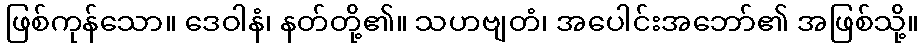
ဖြစ်ကုန်သော။ ဒေဝါနံ၊ နတ်တို့၏။ သဟဗျတံ၊ အပေါင်းအဘော်၏ အဖြစ်သို့။